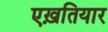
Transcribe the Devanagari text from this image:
एख़तियार